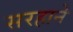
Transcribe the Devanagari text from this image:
सरहाने